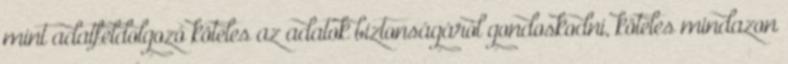
mint adatfeldolgozó köteles az adatok biztonságáról gondoskodni, köteles mindazon